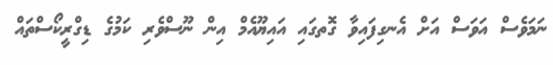
ނަމަވެސް އަވަސް އަށް އެނގިފައިވާ ގޮތގައި އައިޔޫއެމް އިން ނޫސްވެރި ކަމުގެ ޑިގްރީކޯސްތައް